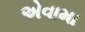
એવામા